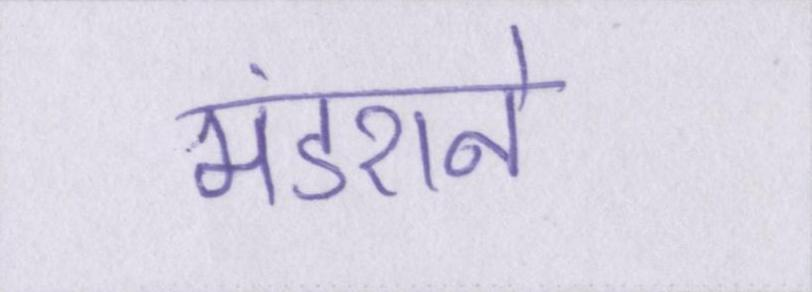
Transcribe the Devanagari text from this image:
मंडराने